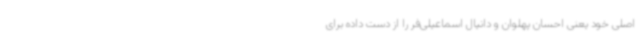
اصلی خود یعنی احسان پهلوان و دانیال اسماعیلی‌فر را از دست داده برای